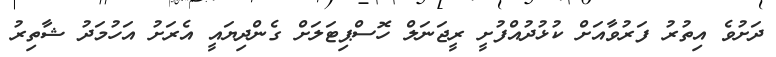
ދަށުވެ އިތުރު ފަރުވާއަށް ކުޅުދުއްފުށީ ރީޖަނަލް ހޮސްޕިޓަލަށް ގެންދިޔައީ އެރަށު އަހުމަދު ޝާތިރު